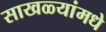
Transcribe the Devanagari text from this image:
साखळ्यांमधे